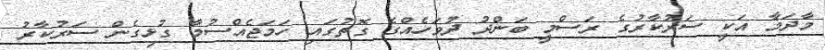
މާދަމާ އަކީ ސަރުކާރުގެ ރަސްމީ ބަންދު ދުވަހެއްގެ ގޮތުގައި ހަމަޖެއްސުމާ ގުޅިގެން ސަރުކާރު